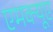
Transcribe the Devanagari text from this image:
एमक्यूए